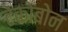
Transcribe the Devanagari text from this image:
टेंकोबोन